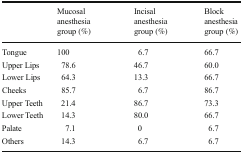
<table><thead><tr><td></td><td><b>Mucosal anesthesia group (%)</b></td><td><b>Incisal anesthesia group (%)</b></td><td><b>Block anesthesia group (%)</b></td></tr></thead><tbody><tr><td>Tongue</td><td>100</td><td>6.7</td><td>66.7</td></tr><tr><td>Upper Lips</td><td>78.6</td><td>46.7</td><td>60.0</td></tr><tr><td>Lower Lips</td><td>64.3</td><td>13.3</td><td>66.7</td></tr><tr><td>Cheeks</td><td>85.7</td><td>6.7</td><td>86.7</td></tr><tr><td>Upper Teeth</td><td>21.4</td><td>86.7</td><td>73.3</td></tr><tr><td>Lower Teeth</td><td>14.3</td><td>80.0</td><td>66.7</td></tr><tr><td>Palate</td><td>7.1</td><td>0</td><td>6.7</td></tr><tr><td>Others</td><td>14.3</td><td>6.7</td><td>6.7</td></tr></tbody></table>